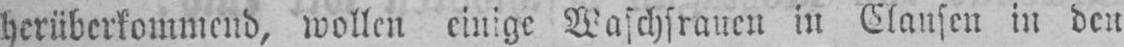
herüberkommend, wollen einige Waschfrauen in Glauben in den